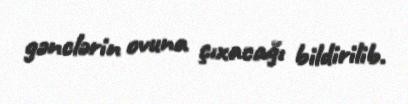
gənclərin ovuna çıxacağı bildirilib.